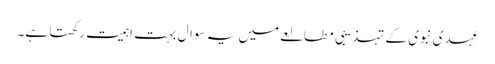
عہدی نبوی کے تہذیبی مطالعے میں یہ سوال بہت اہمیت رکھتا ہے۔